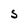
Character: S